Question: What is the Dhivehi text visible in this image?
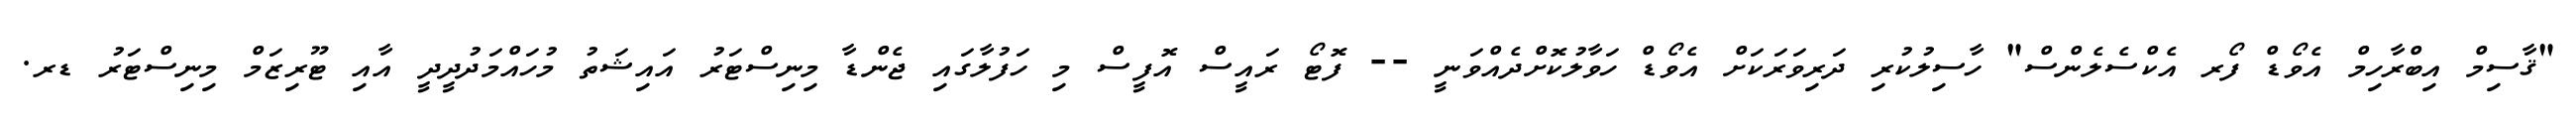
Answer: "ޤާސިމް އިބްރާހިމް އެވޯޑް ފޯރ އެކްސެލެންސް" ހާސިލުކުރި ދަރިވަރަކަށް އެވޯޑް ހަވާލުކޮށްދެއްވަނީ -- ފޮޓޯ ރައީސް އޮފީސް މި ހަފުލާގައި ޖެންޑާ މިނިސްޓަރު އައިޝަތު މުހައްމަދުދީދީ އާއި ޓޫރިޒަމް މިނިސްޓަރު ޑރ.